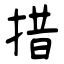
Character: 措